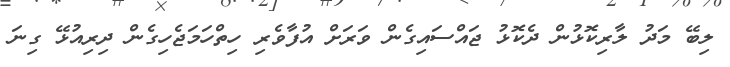
ލިބޭ މަދު ލާރިކޮޅުން ދެކޮޅު ޖައްސައިގެން ވަރަށް އުފާވެރި ހިތްހަމަޖެހިގެން ދިރިއުޅޭ ގިނަ